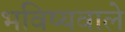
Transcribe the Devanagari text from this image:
भविष्यवाले